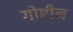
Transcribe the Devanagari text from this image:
गोष्टीन